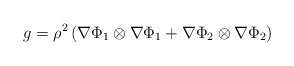
\begin{align*}g=\rho^2\left( \nabla\Phi_1\otimes\nabla\Phi_1+ \nabla\Phi_2\otimes\nabla\Phi_2\right)\end{align*}